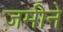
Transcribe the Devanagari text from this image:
ज़मीने